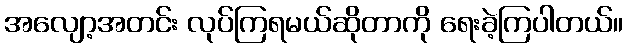
အလျော့အတင်း လုပ်ကြရမယ်ဆိုတာကို ရေးခဲ့ကြပါတယ်။